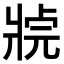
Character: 𤖊